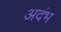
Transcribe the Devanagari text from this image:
अदंभ